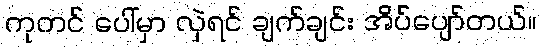
ကုတင် ပေါ်မှာ လှဲရင် ချက်ချင်း အိပ်ပျော်တယ်။